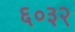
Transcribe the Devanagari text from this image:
६०३२